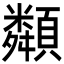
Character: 𩕔